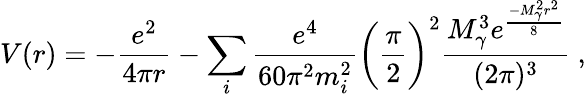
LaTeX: V(r)=-\frac{e^{2}}{4\pi r}-\sum_{i}\frac{e^{4}}{60\pi^{2}m_{i}^{2}}\biggl(\frac{\pi}{2}\biggr)^{2}\frac{M_{\gamma}^{3}e^{\frac{-M_{\gamma}^{2}r^{2}}{8}}}{(2\pi)^{3}}\ ,